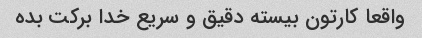
واقعا کارتون بیسته دقیق و سریع خدا برکت بده